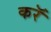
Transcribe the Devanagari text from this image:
करॅ